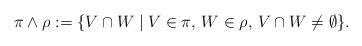
LaTeX: \begin{align*}\pi \wedge \rho := \{ V \cap W \mid V \in \pi, \, W \in \rho, \, V \cap W \neq \emptyset \}.\end{align*}